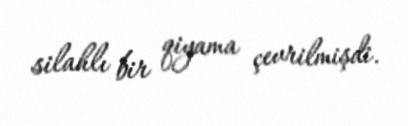
silahlı bir qiyama çevrilmişdi.